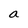
Character: a